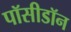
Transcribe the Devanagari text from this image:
पॉसीडॉन